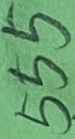
Text: 555